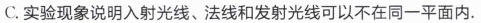
C.实验现象说明入射光线、法线和发射光线可以不在同一平面内。